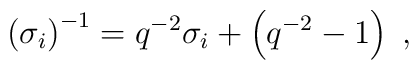
\left(\sigma_i\right)^{-1}=q^{-2}\sigma_i +\left(q^{-2}-1\right)\;,